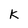
Character: k